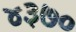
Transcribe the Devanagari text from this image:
४३७०